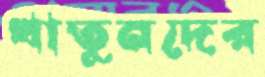
খাতুনদের